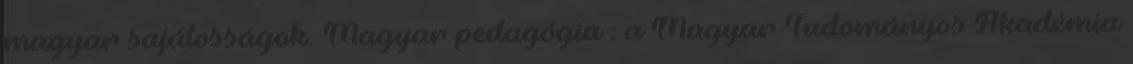
magyar sajátosságok. Magyar pedagógia : a Magyar Tudományos Akadémia